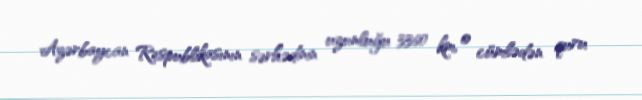
Azərbaycan Respublikasının sərhədinin uzunluğu 3360 km, o cümlədən quru